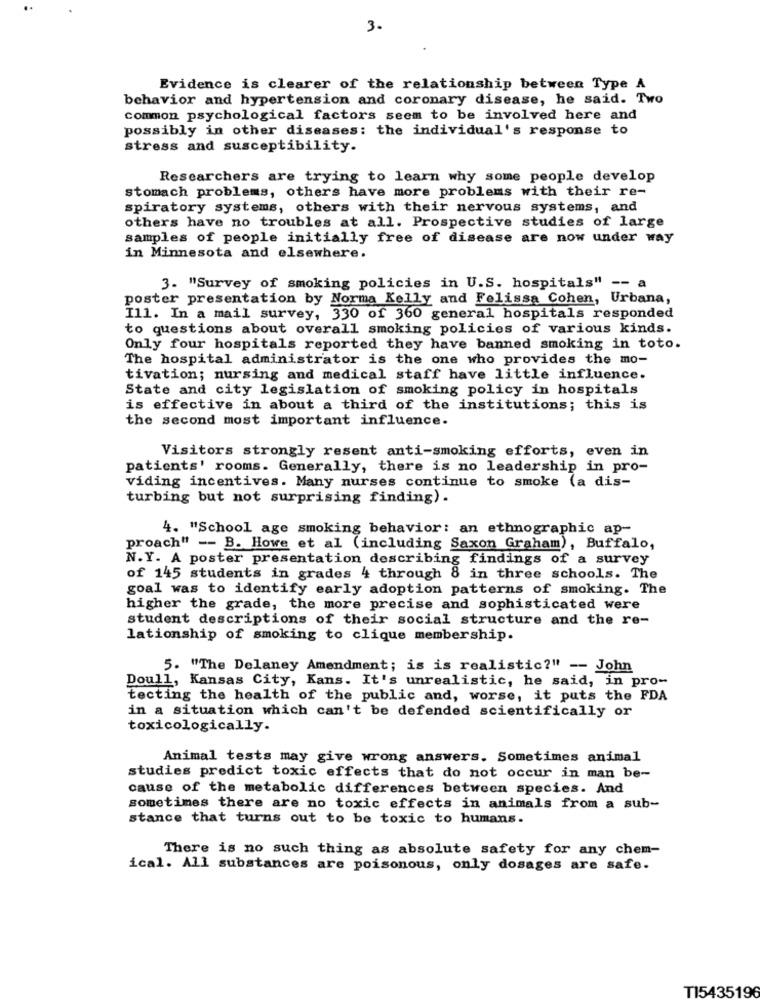
3.
Evidence is clearer of the relationship between Type A
behavior and hypertension and coronary disease, he said. Two
common psychological factors seem to be involved here and
possibly in other diseases: the individual's response to
stress and susceptibility.
Researchers are trying to learn why some people develop
stomach problems, others have more problems with their re-
spiratory systems, others with their nervous systems, and
others have no troubles at all. Prospective studies of large
samples of people initially free of disease are now under way
in Minnesota and elsewhere.
3. "Survey of smoking policies in U.S. hospitals" -- a
poster presentation by Norma Kelly and Felissa Cohen, Urbana,
Ill. In a mail survey, 330 of 360 general hospitals responded
to questions about overall smoking policies of various kinds.
Only four hospitals reported they have banned smoking in toto.
The hospital administrator is the one who provides the mo-
tivation; nursing and medical staff have little influence.
State and city legislation of smoking policy in hospitals
is effective in about a third of the institutions; this is
the second most important influence.
Visitors strongly resent anti-smoking efforts, even in
patients' rooms. Generally, there is no leadership in pro-
viding incentives. Many nurses continue to smoke (a dis-
turbing but not surprising finding) .
4. "School age smoking behavior: an ethnographic ap-
proach" -- B. Howe et al (including Saxon Graham), Buffalo,
N.Y. A poster presentation describing findings of a survey
of 145 students in grades 4 through 8 in three schools. The
goal was to identify early adoption patterns of smoking. The
higher the grade, the more precise and sophisticated were
student descriptions of their social structure and the re-
lationship of smoking to clique membership.
5. "The Delaney Amendment; is is realistic?" -- John
Doull, Kansas City, Kans. It's unrealistic, he said, in pro-
tecting the health of the public and, worse, it puts the FDA
in a situation which can't be defended scientifically or
toxicologically.
Animal tests may give wrong answers. Sometimes animal
studies predict toxic effects that do not occur in man be-
cause of the metabolic differences between species. And
sometimes there are no toxic effects in animals from a sub-
stance that turns out to be toxic to humans.
There is no such thing as absolute safety for any chem-
ical. All substances are poisonous, only dosages are safe.
T15435196